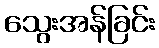
သွေးအန်ခြင်း